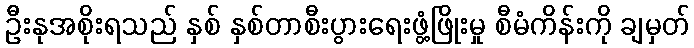
ဦးနုအစိုးရသည် နှစ် နှစ်တာစီးပွားရေးဖွံ့ဖြိုးမှု စီမံကိန်းကို ချမှတ်